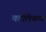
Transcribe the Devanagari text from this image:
कालिकण